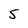
Character: 5